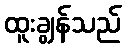
ထူးချွန်သည်